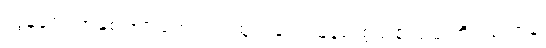
လွန်ခဲ့တဲ့ အနှစ် ၆၀ ကျော်က ထုတ်ခဲ့တဲ့ မြန်မာ့စွယ်စုံကျမ်းကို ၂၅ တွဲနဲ့